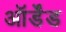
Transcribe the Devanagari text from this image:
ऑर्डेंड